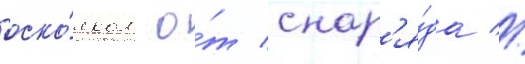
оско́лком о́т снар'я́да //